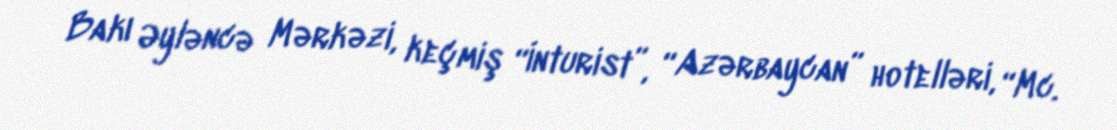
Bakı Əyləncə Mərkəzi, keçmiş “İnturist”, “Azərbaycan” hotelləri, “Mc.